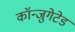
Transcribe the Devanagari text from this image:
कॉन्जुगेटेड